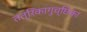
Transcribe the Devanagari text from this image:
तंत्रिकागुच्छिका